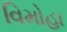
વિમોહા